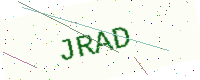
Text: JRAD